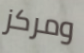
ومركز